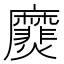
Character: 㸏